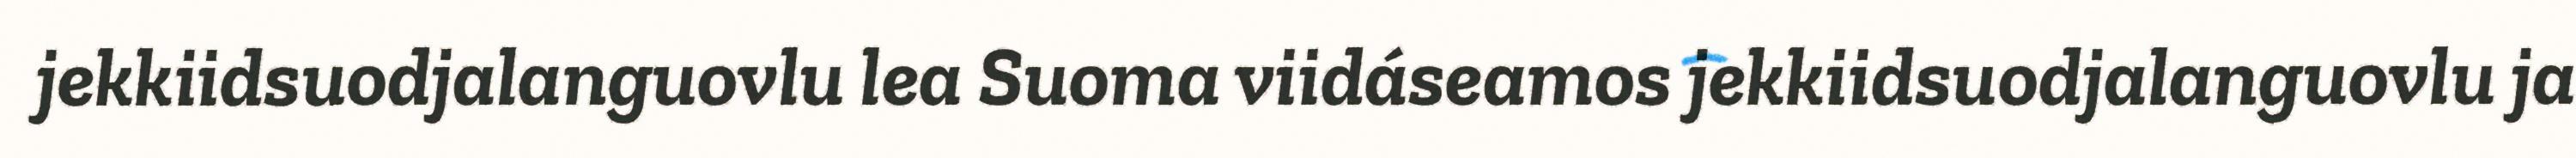
jekkiidsuodjalanguovlu lea Suoma viidáseamos jekkiidsuodjalanguovlu ja